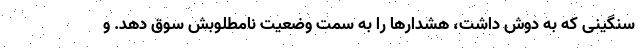
سنگینی که به دوش داشت، هشدارها را به سمت وضعیت نامطلوبش سوق دهد. و